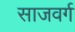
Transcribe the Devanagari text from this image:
साजवर्ग